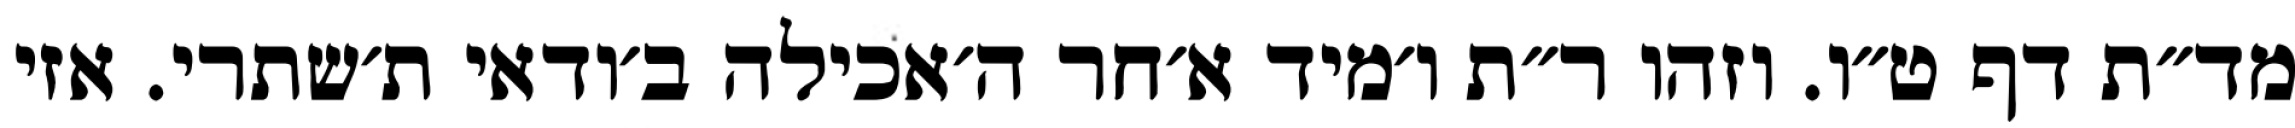
מד״ת דף ט״ו. וזהו ר״ת ו׳מיד א׳חר ה׳אכילה ב׳ודאי ת׳שתרי. אזי